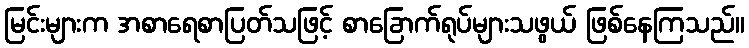
မြင်းများက အစာရေစာပြတ်သဖြင့် စာခြောက်ရုပ်များသဖွယ် ဖြစ်နေကြသည်။